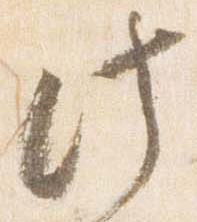
此